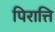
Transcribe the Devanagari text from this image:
पिरात्ति